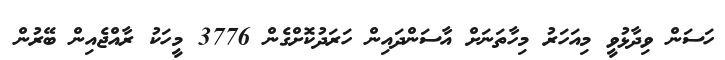
ހަސަން ވިދާޅުވީ މިއަހަރު މިހާތަނަށް އާސަންދައިން ހަރަދުކޮށްގެން 3776 މީހަކު ރާއްޖެއިން ބޭރުން